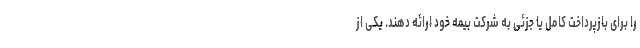
را برای بازپرداخت کامل یا جزئی به شرکت بیمه خود ارائه دهند. یکی از